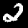
Digit: 2